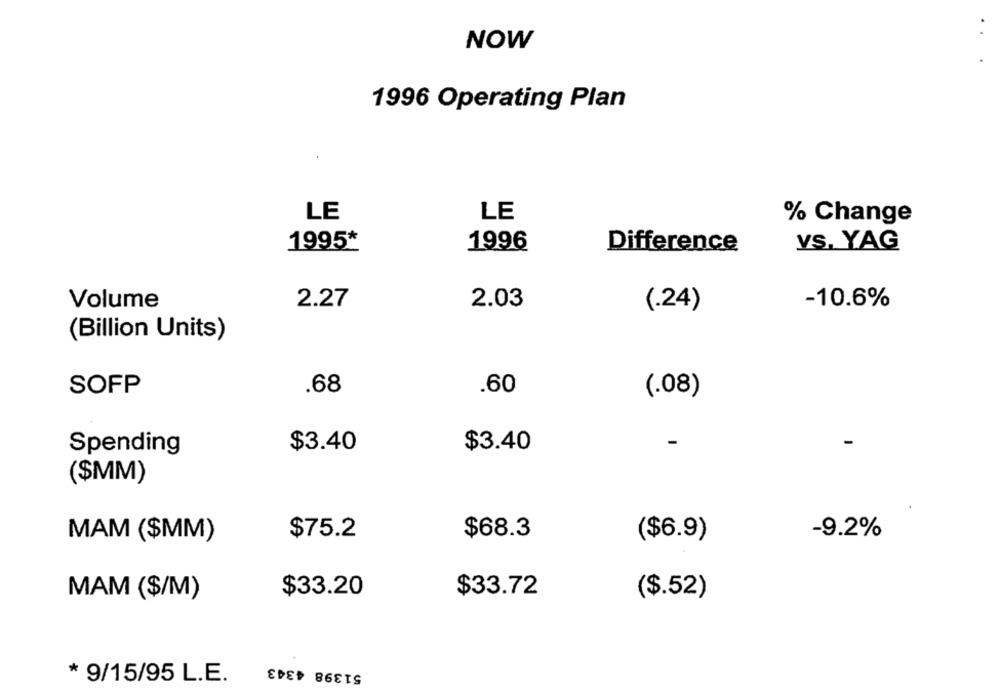
NOW
1996 Operating Plan
LE
LE
% Change
1995*
1996
Difference
VS. YAG
Volume
2.27
2.03
-10.6%
(.24)
(Billion Units)
SOFP
.60
.68
(.08)
Spending
$3.40
$3.40
($MM)
$68.3
MAM ($MM)
$75.2
($6.9)
-9.2%
$33.20
$33.72
($.52)
MAM ($/M)
51398 4343
* 9/15/95 L.E.